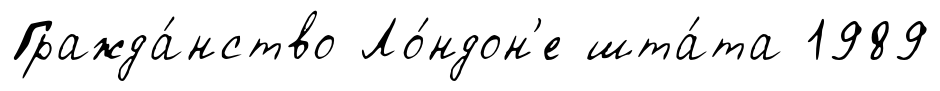
Гражда́нство Ло́ндон'е шта́та 1989